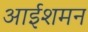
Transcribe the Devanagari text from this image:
आईशमन